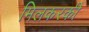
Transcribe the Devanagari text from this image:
मिलकरकी